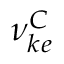
\nu _ { k e } ^ { C }